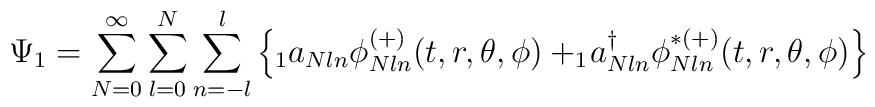
\Psi_1=\sum_{N=0}^{\infty}\sum_{l=0}^{N}\sum_{n=-l}^{l}\left\{ _1a_{N l n}\phi^{(+)}_{N l n}(t,r,\theta,\phi) +  _1\! a_{N ln}^{\dagger}\phi^{\ast(+)}_{N l n}(t,r,\theta,\phi)\right\}